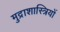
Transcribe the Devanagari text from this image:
मुद्राशास्त्रियों